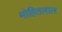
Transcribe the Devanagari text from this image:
मोहितलाल